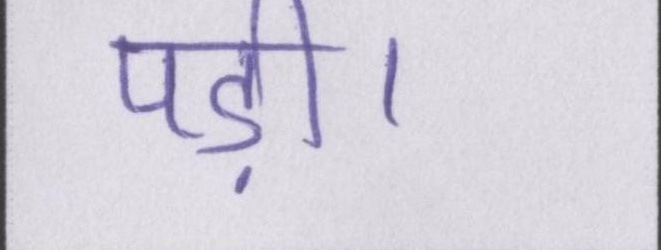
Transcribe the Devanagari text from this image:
पड़ी।